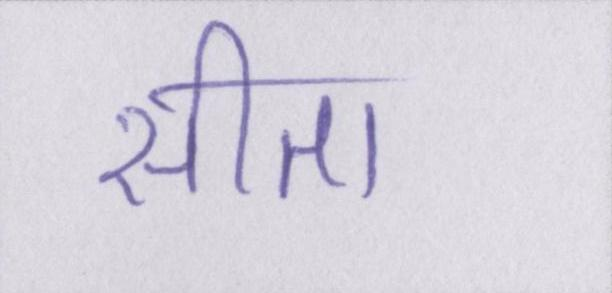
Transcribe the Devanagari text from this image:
सीता